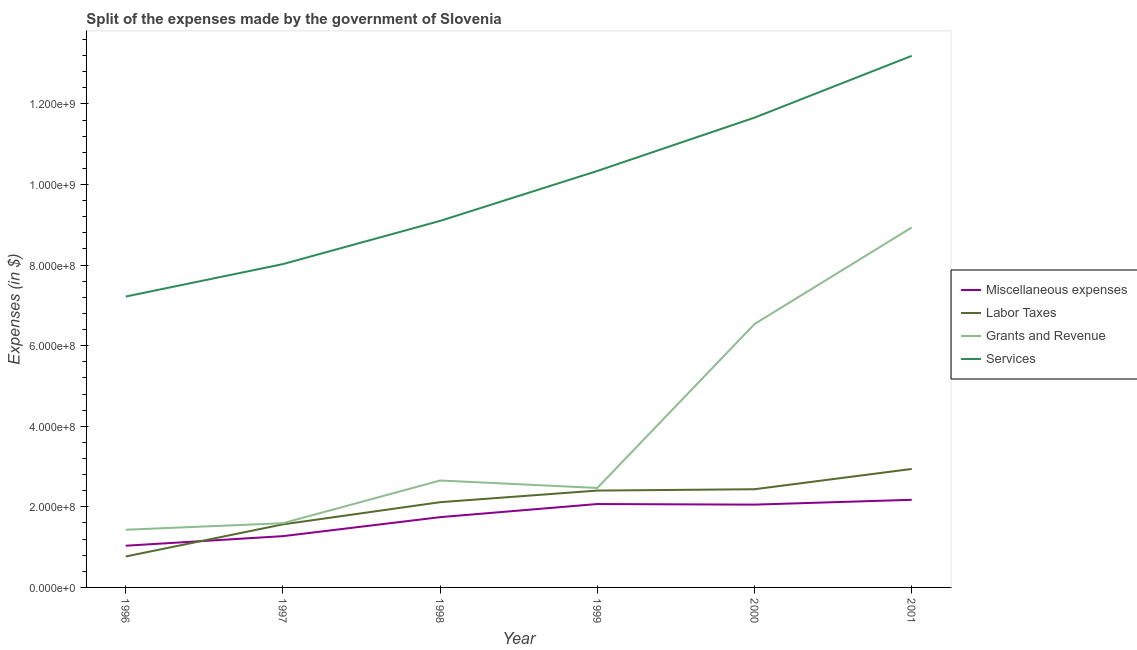
| Year | Miscellaneous expenses | Labor Taxes | Grants and Revenue | Services |
 | --- | --- | --- | --- | --- |
 | 1996 | 1.03e+08 | 7.68e+07 | 1.43e+08 | 7.22e+08 |
 | 1997 | 1.27e+08 | 1.56e+08 | 1.59e+08 | 8.02e+08 |
 | 1998 | 1.74e+08 | 2.12e+08 | 2.65e+08 | 9.1e+08 |
 | 1999 | 2.07e+08 | 2.4e+08 | 2.47e+08 | 1.03e+09 |
 | 2000 | 2.05e+08 | 2.44e+08 | 6.54e+08 | 1.17e+09 |
 | 2001 | 2.17e+08 | 2.94e+08 | 8.93e+08 | 1.32e+09 |